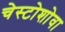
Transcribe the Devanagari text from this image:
चेस्टोशोवा